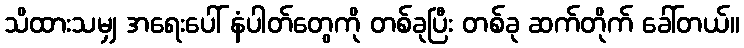
သိထားသမျှ အရေးပေါ် နံပါတ်တွေကို တစ်ခုပြီး တစ်ခု ဆက်တိုက် ခေါ်တယ်။